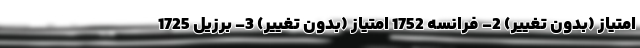
امتیاز (بدون تغییر) 2- فرانسه 1752 امتیاز (بدون تغییر) 3- برزیل 1725